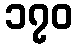
၁၇၀